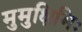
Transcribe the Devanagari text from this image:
मुमुक्षिभिः